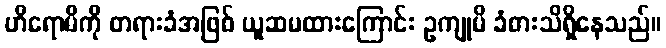
ဟိရောမိကို တရားခံအဖြစ် ယူဆမထားကြောင်း ဥကျုမိ ခံစားသိရှိနေသည်။